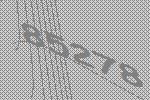
85278